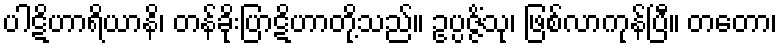
ပါဋိဟာရိယာနိ၊ တန်ခိုးပြာဋိဟာတို့သည်။ ဥပ္ပဇ္ဇိံသု၊ ဖြစ်လာကုန်ပြီ။ တတော၊